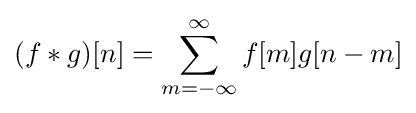
(f*g)[n]=\sum _{m=-\infty }^{\infty }f[m]g[n-m]